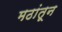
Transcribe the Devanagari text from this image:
मठांतून